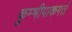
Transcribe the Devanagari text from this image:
कुम्भीपाकगतं